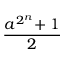
\frac { a ^ { 2 ^ { n } } \! + 1 } { 2 }